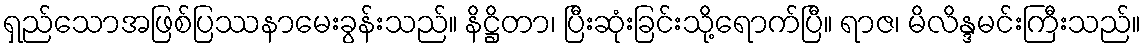
ရှည်သောအဖြစ်ပြဿနာမေးခွန်းသည်။ နိဋ္ဌိတာ၊ ပြီးဆုံးခြင်းသို့ရောက်ပြီ။ ရာဇ၊ မိလိန္ဒမင်းကြီးသည်။